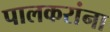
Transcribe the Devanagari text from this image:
पालकरांना